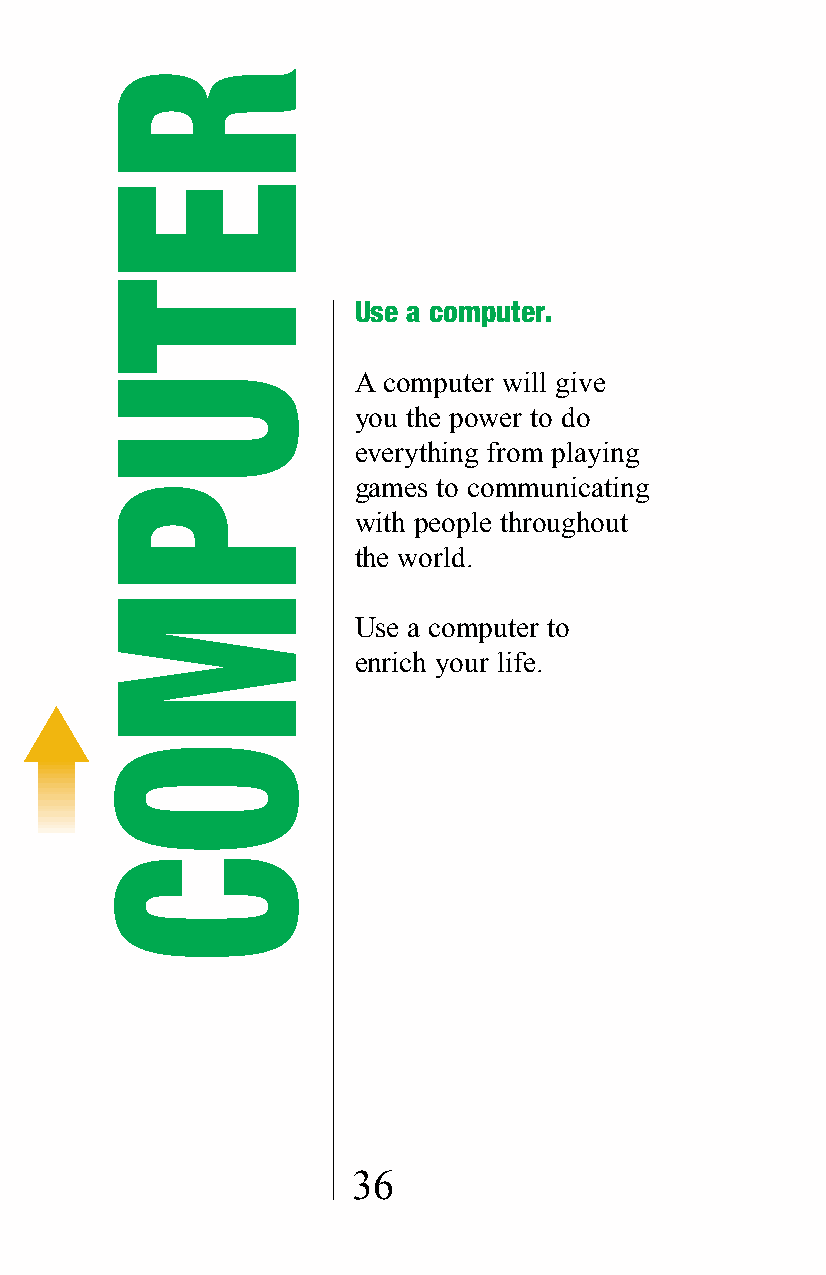
Use a computer.
 A computer will give
 you the power to do
 everything from playing
 games to communicating
 with people throughout
 the world.
 Use a computer to
 enrich your life.
 36
 RETUPMOC